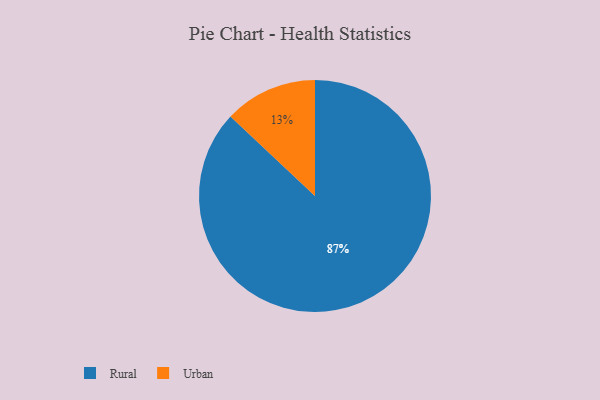
{"axis": {"x": "Category", "y": "Percentage"}, "legend": ["Rural", "Urban"], "data": [{"x": "Urban", "y": 13, "type": "Urban"}, {"x": "Rural", "y": 87, "type": "Rural"}]}